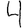
Digit: 4